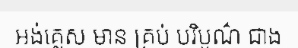
អង់គ្លេស មាន គ្រប់ បរិបូណ៌ ជាង